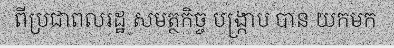
ពីប្រជាពលរដ្ឋ សមត្ថកិច្ច បង្ក្រាប បាន យកមក